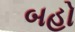
બહો